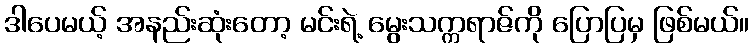
ဒါပေမယ့် အနည်းဆုံးတော့ မင်းရဲ့ မွေးသက္ကရာဇ်ကို ပြောပြမှ ဖြစ်မယ်။